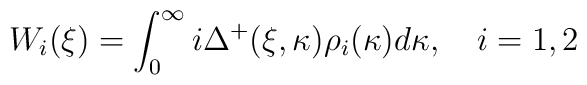
W_{i}(\xi )=\int_{0}^{\infty }i\Delta ^{+}(\xi ,\kappa )\rho _{i}(\kappa)d\kappa ,\quad i=1,2